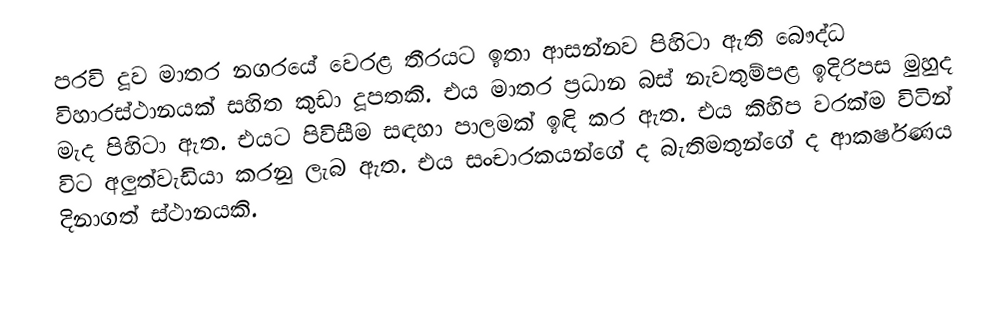
පරවි දූව මාතර නගරයේ වෙරළ තීරයට ඉතා ආසන්නව පිහිටා ඇති බෞද්ධ විහාරස්ථානයක් සහිත කුඩා දූපතකි. එය මාතර ප්‍රධාන බස් නැවතුම්පළ ඉදිරිපස මුහුද මැද පිහිටා ඇත. එයට පිවිසීම සඳහා පාලමක් ඉඳි කර ඇත. එය කිහිප වරක්ම විටින් විට අලුත්වැඩියා කරනු ලැබ ඇත. එය සංචාරකයන්ගේ ද බැතිමතුන්ගේ ද ආකර්ෂණය දිනාගත් ස්ථානයකි.